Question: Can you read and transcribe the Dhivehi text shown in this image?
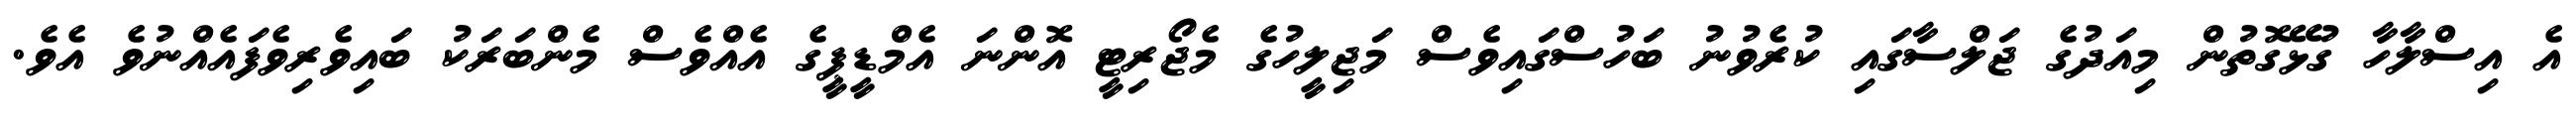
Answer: އެ އިސްލާހާ ގުޅޭގޮތުން މިއަދުގެ ޖަލްސާގައި ކުރެވުނު ބަހުސްގައިވެސް މަޖިލީހުގެ މެޖޯރިޓީ އޮންނަ އެމްޑީޕީގެ އެއްވެސް މެންބަރަކު ބައިވެރިވެފައެއްނުވެ އެވެ.